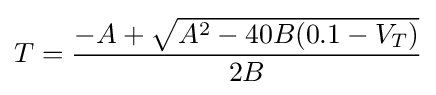
T={\frac {-A+{\sqrt {A^{2}-40B(0.1-V_{T})}}}{2B}}